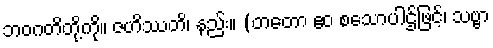
ဘဝဂတိတို့ကို။ ဇဟိဿတိ၊ နည်း။ (တတော ဧဝ စသောပါဌ်ဖြင့်၊ သဗ္ဗာ